Indian journal of veterinary science and animal husbandry - Volume 7,
Year: 1937
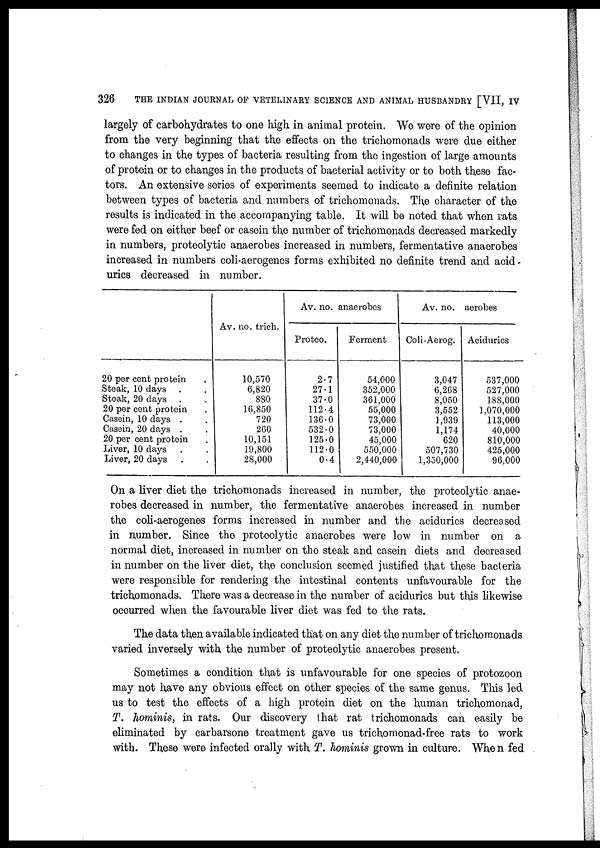
326
THE INDIAN JOURNAL OF VETERINARY SCIENCE AND ANIMAL HUSBANDRY [VII, IV
largely of carbohydrates to one high in animal protein. We were of the opinion
from the very beginning that the effects on the trichomonads were due either
to changes in the types of bacteria resulting from the ingestion of large amounts
of protein or to changes in the products of bacterial activity or to both these fac-
tors. An extensive series of experiments seemed to indicate a definite relation
between types of bacteria and numbers of trichomonads. The character of the
results is indicated in the accompanying table. It will be noted that when rats
were fed on either beef or casein the number of trichomonads decreased markedly
in numbers, proteolytic anaerobes increased in numbers, fermentative anaerobes
increased in numbers coli-aerogenes forms exhibited no definite trend and acid¬
urics decreased in number.
20 per cent protein .
Steak, 10 days . .
Steak, 20 days . .
20 per cent protein .
Casein, 10 days . .
Casein, 20 days . .
20 per cent protein .
Liver, 10 days . .
Liver, 20 days . .
Av. no. trich.
10,570
6,820
880
16,850
720
260
10,151
19,800
28,000
Av. no. anaerobes
Proteo.
2.7
27.1
37.0
112.4
136.0
532.0
125.0
112.0
0.4
Ferment
54,000
352,000
361,000
55,000
73,000
73,000
45,000
550,000
2,440,000
Av. no.
Coli-Aerog.
3,047
6,268
8,050
3,552
1,939
1,174
620
507,730
1,350,000
aerobes
Acidurics
537,000
527,000
188,000
1,070,000
113,000
40,000
810,000
425,000
96,000
On a liver diet the trichomonads increased in number, the proteolytic anae-
robes decreased in number, the fermentative anaerobes increased in number
the coli-aerogenes forms increased in number and the acidurics decreased
in number. Since the proteolytic anaerobes were low in number on a
normal diet, increased in number on the steak and casein diets and decreased
in number on the liver diet, the conclusion seemed justified that these bacteria
were responsible for rendering the intestinal contents unfavourable for the
trichomonads. There was a decrease in the number of acidurics but this likewise
occurred when the favourable liver diet was fed to the rats.
The data then available indicated that on any diet the number of trichomonads
varied inversely with the number of proteolytic anaerobes present.
Sometimes a condition that is unfavourable for one species of protozoon
may not have any obvious effect on other species of the same genus. This led
us to test the effects of a high protein diet on the human trichomonad,
T. hominis, in rats. Our discovery that rat trichomonads can easily be
eliminated by carbarsone treatment gave us trichomonad-free rats to work
with. These were infected orally with T. hominis grown in culture. When fed